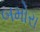
બમોરા